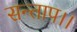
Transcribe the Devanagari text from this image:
सन्‍ताप।।